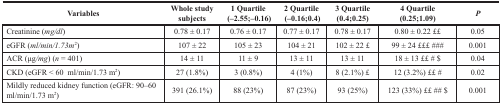
<table><thead><tr><td><b>Variables</b></td><td><b>Whole studysubjects</b></td><td><b>1 Quartile(–2.55;–0.16)</b></td><td><b>2 Quartile(–0.16;0.4)</b></td><td><b>3 Quartile(0.4;0.25)</b></td><td><b>4 Quartile(0.25;1.09)</b></td><td><b><i>P</i></b></td></tr></thead><tbody><tr><td>Creatinine (<i>mg/dl</i>)</td><td>0.78 ± 0.17</td><td>0.76 ± 0.17</td><td>0.77 ± 0.17</td><td>0.78 ± 0.17</td><td>0.80 ± 0.22 ££</td><td>0.05</td></tr><tr><td>eGFR (<i>ml/min/1.73m</i><sup>2</sup>)</td><td>107 ± 22</td><td>105 ± 23</td><td>104 ± 21</td><td>102 ± 22 £</td><td>99 ± 24 £££ ###</td><td>0.001</td></tr><tr><td>ACR (μg<i>/mg</i>) (<i>n</i> = 401)</td><td>14 ± 11</td><td>11 ± 9</td><td>13 ± 11</td><td>13 ± 11</td><td>18 ± 13 ££ # $</td><td>0.04</td></tr><tr><td>CKD (eGFR &lt; 60 ml/min/1.73 m<sup>2</sup>)</td><td>27 (1.8%)</td><td>3 (0.8%)</td><td>4 (1%)</td><td>8 (2.1%) £</td><td>12 (3.2%) ££ #</td><td>0.02</td></tr><tr><td>Mildly reduced kidney function (eGFR: 90–60 ml/min/1.73 m<sup>2</sup>)</td><td>391 (26.1%)</td><td>88 (23%)</td><td>87 (23%)</td><td>93 (25%)</td><td>123 (33%) ££ ## $</td><td>0.001</td></tr></tbody></table>